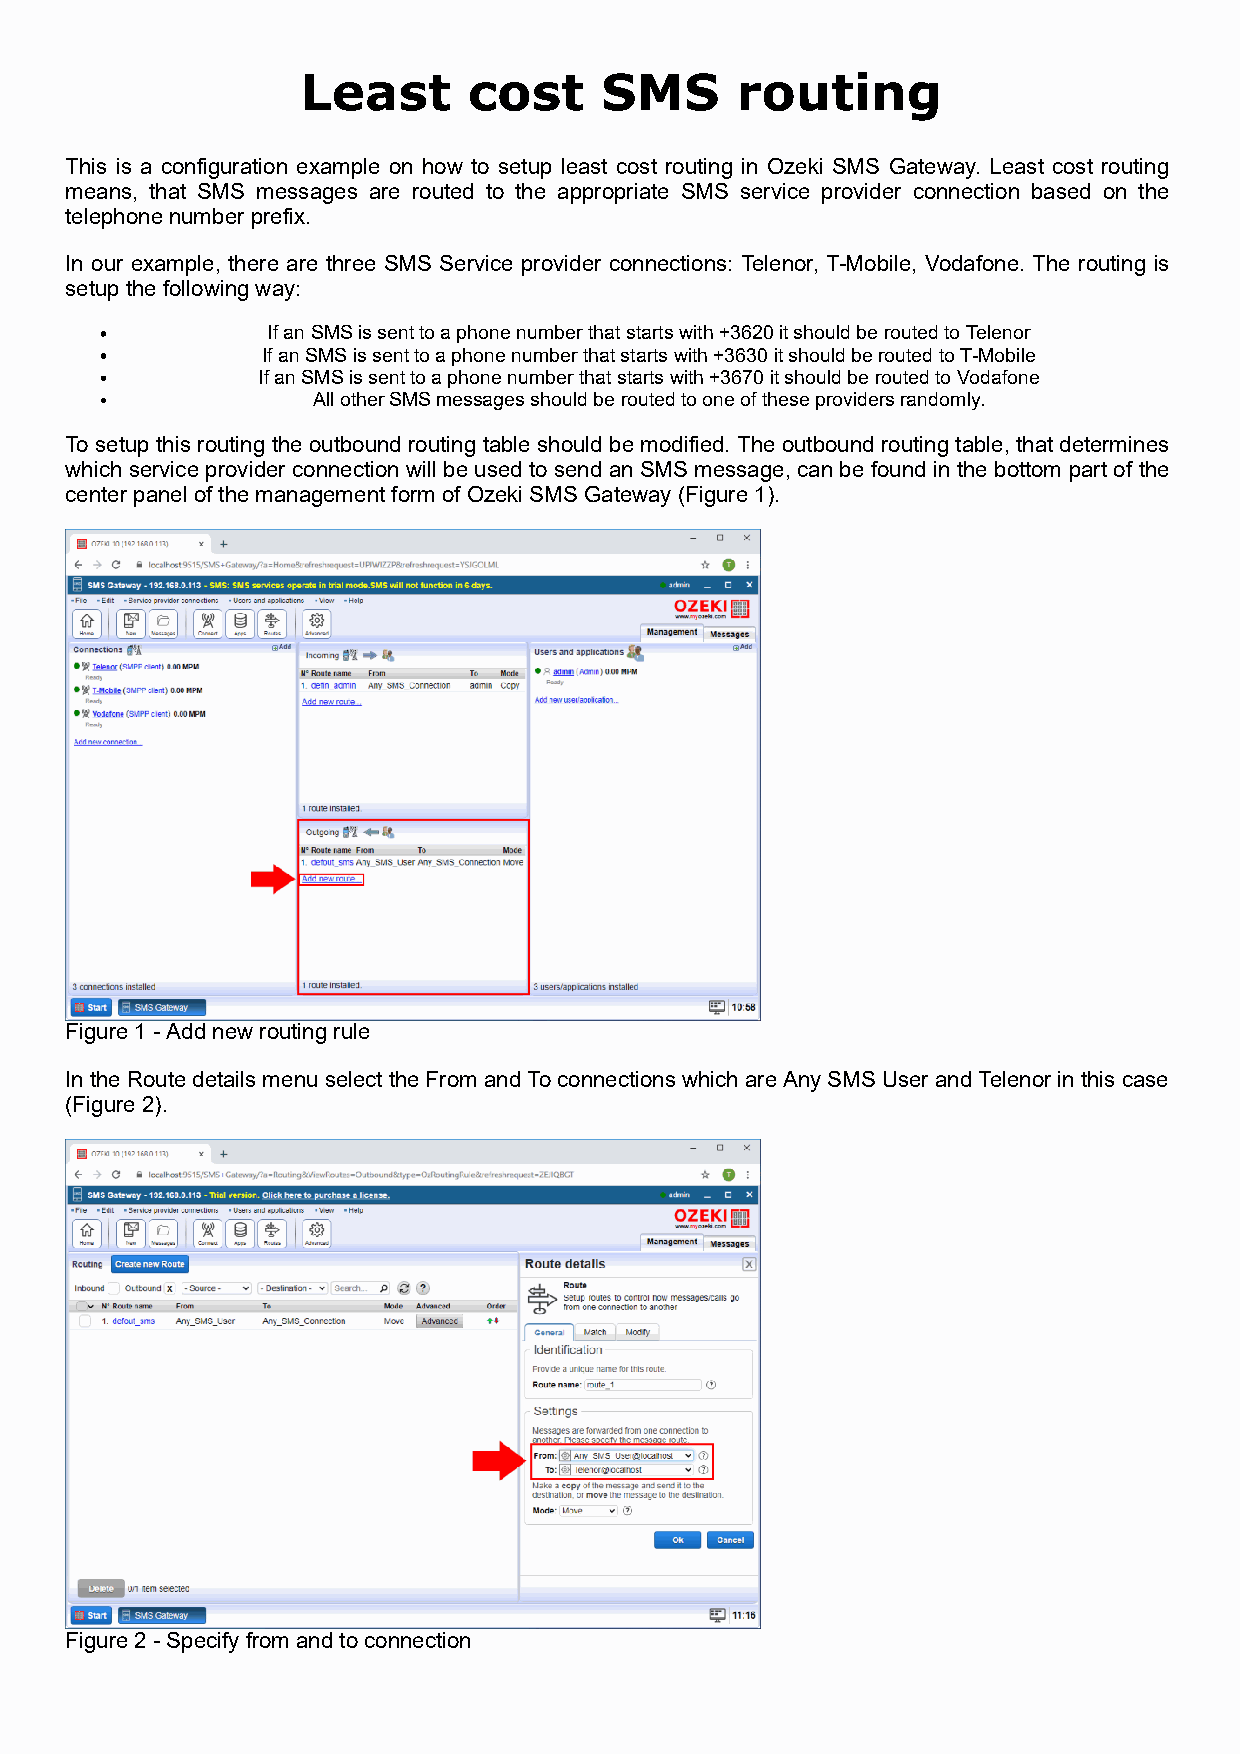
Least      cost     SMS      routing
 This is a configuration example on how to setup least cost routing in Ozeki SMS Gateway. Least cost routing
 means, that SMS messages are routed to the appropriate SMS service provider connection based on the
 telephone number prefix.
 In our example, there are three SMS Service provider connections: Telenor, T-Mobile, Vodafone. The routing is
 setup the following way:
 If an SMS is sent to a phone number that starts with +3620 it should be routed to Telenor
 If an SMS is sent to a phone number that starts with +3630 it should be routed to T-Mobile
 If an SMS is sent to a phone number that starts with +3670 it should be routed to Vodafone
 All other SMS messages should be routed to one of these providers randomly.
 To setup this routing the outbound routing table should be modified. The outbound routing table, that determines
 which service provider connection will be used to send an SMS message, can be found in the bottom part of the
 center panel of the management form of Ozeki SMS Gateway (Figure 1).
 Figure 1 - Add new routing rule
 In the Route details menu select the From and To connections which are Any SMS User and Telenor in this case
 (Figure 2).
 Figure 2 - Specify from and to connection